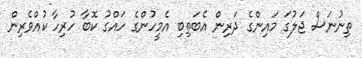
ތިނުނަސް ޖަލުގަ މައިންގެ ދަރިން އެބަތިބި އެމީހުންގެ ހައްގު ކޮބާ ހުރިހާާ ކުއްވެރިން